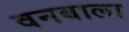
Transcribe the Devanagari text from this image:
वनबाला